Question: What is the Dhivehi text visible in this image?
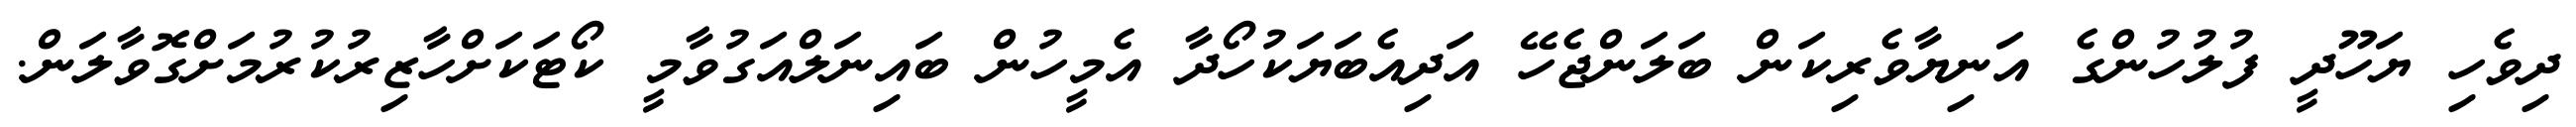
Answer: ދިވެހި ޔަހޫދީ ފުލުހުންގެ އަނިޔާވެރިކަން ބަލަންޖެހޭ އަދިއެބަޔަކުހޯދާ އެމީހުން ބައިނަލްއަގުވާމީ ކޯޓަކަށްހާޒިރުކުރުމަށްގޮވާލަން.